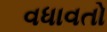
વધાવતો